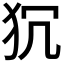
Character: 𭷻